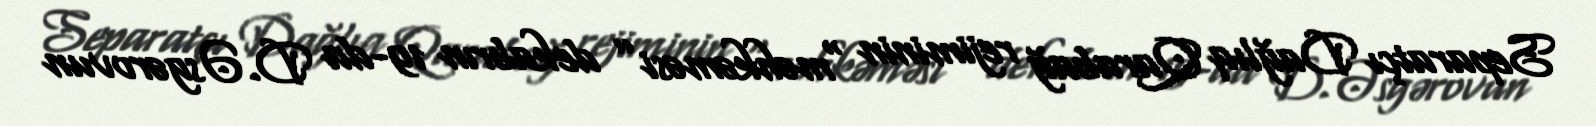
Separatçı Dağlıq Qarabağ rejiminin “məhkəməsi” dekabrın 19-da D.Əsgərovun